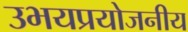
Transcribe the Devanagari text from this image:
उभयप्रयोजनीय